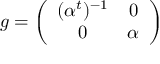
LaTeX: g = \left( \begin{array} { c c } { { ( \alpha ^ { t } ) ^ { - 1 } } } & { { 0 } } \\ { { 0 } } & { { \alpha } } \end{array} \right)